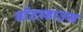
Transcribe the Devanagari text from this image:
वॉटरहाउस